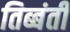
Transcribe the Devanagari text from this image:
तिब्बंती